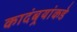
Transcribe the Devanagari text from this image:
कादंबर्‍यांकडे